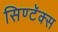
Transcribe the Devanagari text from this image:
सिण्टॅक्स